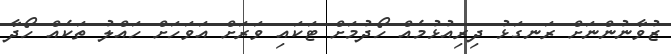
ޒުވާނުންނަށް ރަނގަޅު ދިރިއުޅުމެއް ހޯދުމަށް ޓަކައި ވަރަށް އަވަހަށް ހައްލު ތަކެއް ހޯދާ